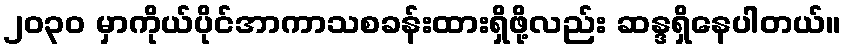
၂၀၃၀ မှာကိုယ်ပိုင်အာကာသစခန်းထားရှိဖို့လည်း ဆန္ဒရှိနေပါတယ်။